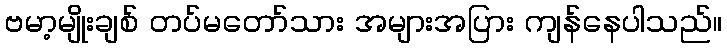
ဗမာ့မျိုးချစ် တပ်မတော်သား အများအပြား ကျန်နေပါသည်။